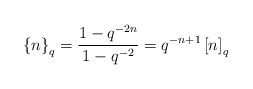
\begin{align*}\left\{n\right\}_{q} = \frac{1-q^{-2n}}{1-q^{-2}} = q^{-n+1} \left[ n\right]_{q}\end{align*}